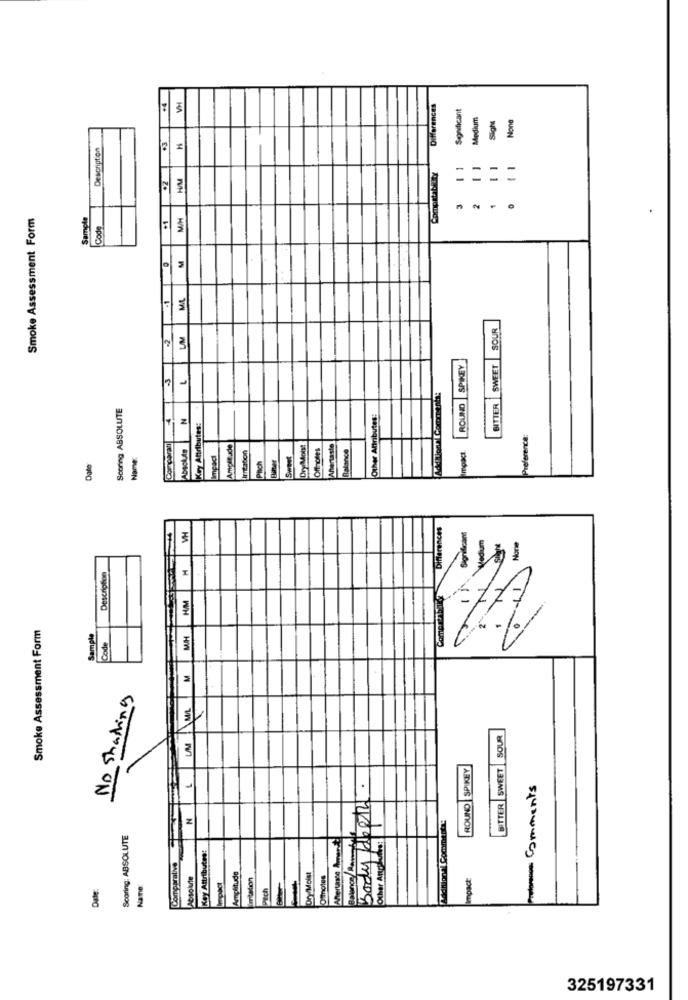
VH
Differences
Significant
Medium
Sigh
Description
+3
11
HM
=
Smoke Assessment Form
Sample
M/H
Code
+1
M
.1
MIL
SOUR
UM
SWEET
ROUND SPIKEY
3
L
Scoring ABSOLUTE
BITTER
N
Other Attributes
Key Attributes:
Preference
Comparati
Absolute
Amplitude
Dry Mois!
Offnotes
Ahtentaste
Name:
Impact
Irntation
Sweet
Balance
Impact
Date
Pitch
VH
Differences
Descnoton
Smoke Assessment Form
Sample
MH
10/
Code
M
No Shading
MA
SWEET SOUR
ROUND SPIKEY
Body depth.
Paulorenes: Comments
BITTER
N
Scoring: ABSOLUTE
Balance/ Rampes
Key Attributes:
Other Antall
comparative
taste
Absolute
Amplitude
Dry Moist
Offnotes
Impact
Date:
Name
ich
1
325197331